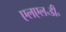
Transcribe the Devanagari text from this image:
एलएल॰डी॰